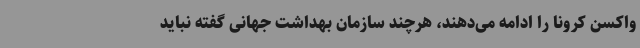
واکسن کرونا را ادامه می‌دهند، هرچند سازمان بهداشت جهانی گفته نباید